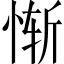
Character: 惭